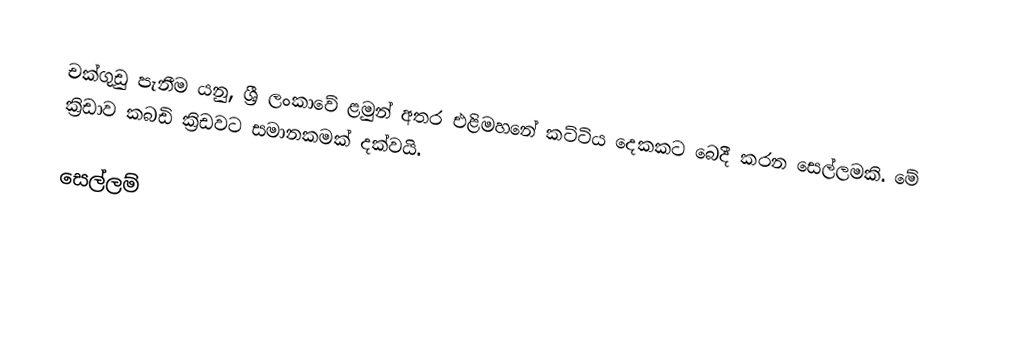
චක්ගුඩු පැනීම යනු, ශ්‍රී ලංකාවේ ළමුන් අතර  එළිමහනේ කට්ටිය දෙකකට බෙදී කරන සෙල්ලමකි. මේ ක්‍රිඩාව කබඩි ක්‍රිඩවට සමානකමක් දක්වයි.

සෙල්ලම්